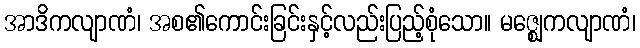
အာဒိကလျာဏံ၊ အစ၏ကောင်းခြင်းနှင့်လည်းပြည့်စုံသော။ မဇ္ဈေကလျာဏံ၊